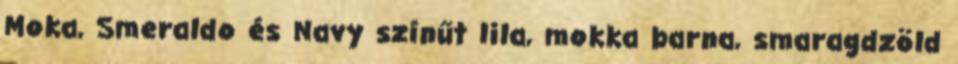
Moka, Smeraldo és Navy színűt lila, mokka barna, smaragdzöld